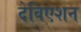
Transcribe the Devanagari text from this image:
देविएशन